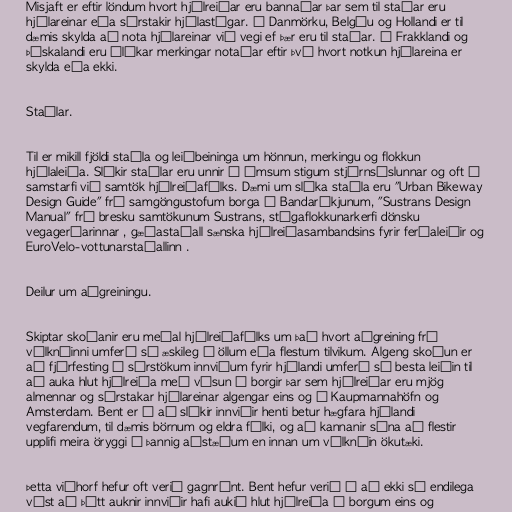
Misjaft er eftir löndum hvort hjólreiðar eru bannaðar þar sem til staðar eru
hjólareinar eða sérstakir hjólastígar. Í Danmörku, Belgíu og Hollandi er til
dæmis skylda að nota hjólareinar við vegi ef þær eru til staðar. Í Frakklandi og
Þýskalandi eru ólíkar merkingar notaðar eftir því hvort notkun hjólareina er
skylda eða ekki.

Staðlar.

Til er mikill fjöldi staðla og leiðbeininga um hönnun, merkingu og flokkun
hjólaleiða. Slíkir staðlar eru unnir á ýmsum stigum stjórnsýslunnar og oft í
samstarfi við samtök hjólreiðafólks. Dæmi um slíka staðla eru "Urban Bikeway
Design Guide" frá samgöngustofum borga í Bandaríkjunum, "Sustrans Design
Manual" frá bresku samtökunum Sustrans, stígaflokkunarkerfi dönsku
vegagerðarinnar , gæðastaðall sænska hjólreiðasambandsins fyrir ferðaleiðir og
EuroVelo-vottunarstaðallinn .

Deilur um aðgreiningu.

Skiptar skoðanir eru meðal hjólreiðafólks um það hvort aðgreining frá
vélknúinni umferð sé æskileg í öllum eða flestum tilvikum. Algeng skoðun er
að fjárfesting í sérstökum innviðum fyrir hjólandi umferð sé besta leiðin til
að auka hlut hjólreiða með vísun í borgir þar sem hjólreiðar eru mjög
almennar og sérstakar hjólareinar algengar eins og í Kaupmannahöfn og
Amsterdam. Bent er á að slíkir innviðir henti betur hægfara hjólandi
vegfarendum, til dæmis börnum og eldra fólki, og að kannanir sýna að flestir
upplifi meira öryggi í þannig aðstæðum en innan um vélknúin ökutæki.

Þetta viðhorf hefur oft verið gagnrýnt. Bent hefur verið á að ekki sé endilega
víst að þótt auknir innviðir hafi aukið hlut hjólreiða í borgum eins og